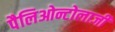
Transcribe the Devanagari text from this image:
पैलिओन्टोलाजी